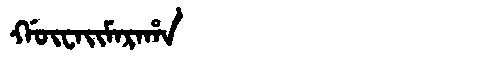
Manchu: ᡤᡡᠸᠠᡳᠮᠠᡵᠠᡥᠠ
Romanization: GŪWAIMARAHA